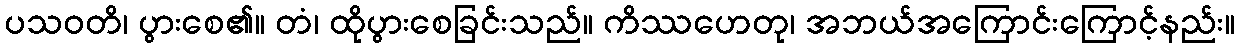
ပသဝတိ၊ ပွားစေ၏။ တံ၊ ထိုပွားစေခြင်းသည်။ ကိဿဟေတု၊ အဘယ်အကြောင်းကြောင့်နည်း။